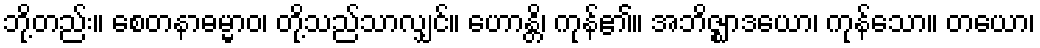
ဘို့တည်း။ စေတနာဓမ္မာဝ၊ တို့သည်သာလျှင်။ ဟောန္တိ၊ ကုန်၏။ အဘိဇ္ဈာဒယော၊ ကုန်သော။ တယော၊